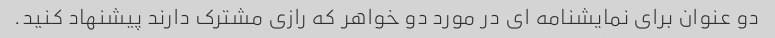
دو عنوان برای نمایشنامه ای در مورد دو خواهر که رازی مشترک دارند پیشنهاد کنید.